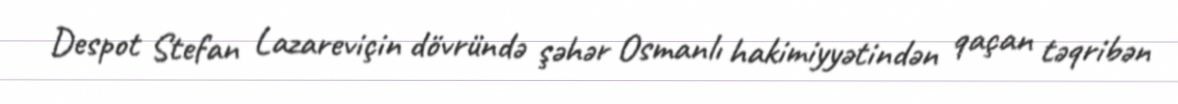
Despot Stefan Lazareviçin dövründə şəhər Osmanlı hakimiyyətindən qaçan təqribən